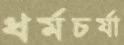
ধর্মচর্যা